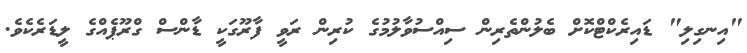
"އިނގިލި" ޑައިރެކްޓްކޮށް ބެލުންތެރިން ސިއްސުވާލުމުގެ ކުރިން ރަވީ ފާރޫގަކީ ޑާންސް ގްރޫޕެއްގެ ލީޑަރެކެވެ.